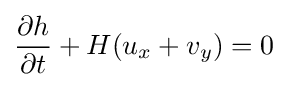
{\frac {\partial h}{\partial t}}+H(u_{x}+v_{y})=0